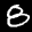
Label: 8